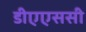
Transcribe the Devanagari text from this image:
डीएएससी